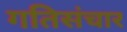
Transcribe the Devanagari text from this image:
गतिसंचार